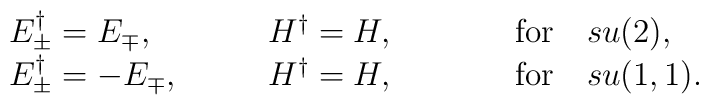
\begin{array}{lll}E_\pm^\dagger =  E_\mp,  &\quad\quad H^\dagger = H,                             &\quad\quad\quad{\rm for}\quad su(2), \\E_\pm^\dagger = - E_\mp, &\quad\quad H^\dagger = H,                             &\quad\quad\quad{\rm for}\quad su(1,1).\end{array}